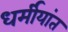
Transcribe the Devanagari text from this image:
धर्मीयांत